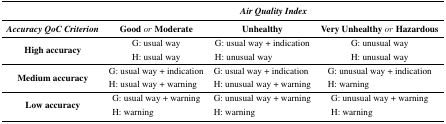
<table><thead><tr><td></td><td colspan="3"><b><i>Air Quality Index</i></b></td></tr><tr><td><b><i>Accuracy QoC Criterion</i></b></td><td><b>Good<i>or</i>Moderate</b></td><td><b>Unhealthy</b></td><td><b>Very Unhealthy<i>or</i>Hazardous</b></td></tr></thead><tbody><tr><td rowspan="2"><b>High accuracy</b></td><td>G: usual way</td><td>G: usual way + indication</td><td>G: unusual way</td></tr><tr><td>H: usual way</td><td>H: unusual way</td><td>H: unusual way</td></tr><tr><td rowspan="2"><b>Medium accuracy</b></td><td>G: usual way + indication</td><td>G: usual way + indication</td><td>G: unusual way + indication</td></tr><tr><td>H: usual way + warning</td><td>H: unusual way + warning</td><td>H: warning</td></tr><tr><td rowspan="2"><b>Low accuracy</b></td><td>G: usual way + warning</td><td>G: unusual way + warning</td><td>G: unusual way + warning</td></tr><tr><td>H: warning</td><td>H: warning</td><td>H: warning</td></tr></tbody></table>